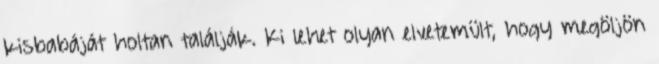
kisbabáját holtan találják. Ki lehet olyan elvetemült, hogy megöljön